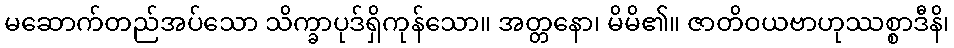
မဆောက်တည်အပ်သော သိက္ခာပုဒ်ရှိကုန်သော။ အတ္တနော၊ မိမိ၏။ ဇာတိဝယဗာဟုဿစ္စာဒီနိ၊